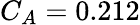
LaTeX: C_{A}=0.212